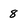
Character: 8